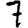
Digit: 7